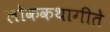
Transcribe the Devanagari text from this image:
लोककथागीते